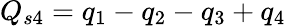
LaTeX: Q_{s4}=q_{1}-q_{2}-q_{3}+q_{4}